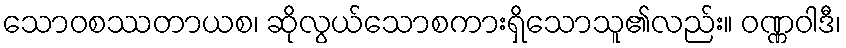
သောဝစဿတာယစ၊ ဆိုလွယ်သောစကားရှိသောသူ၏လည်း။ ဝဏ္ဏဝါဒီ၊